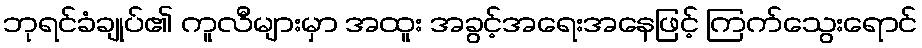
ဘုရင်ခံချုပ်၏ ကူလီများမှာ အထူး အခွင့်အရေးအနေဖြင့် ကြက်သွေးရောင်